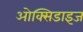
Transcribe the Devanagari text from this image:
ओक्सिडाइज